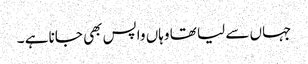
جہاں سے لیا تھا وہاں واپس بھی جانا ہے ۔